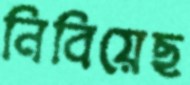
নিবিয়েছ